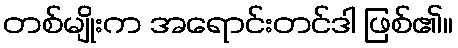
တစ်မျိုးက အရောင်းတင်ဒါ ဖြစ်၏။